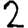
Digit: 2